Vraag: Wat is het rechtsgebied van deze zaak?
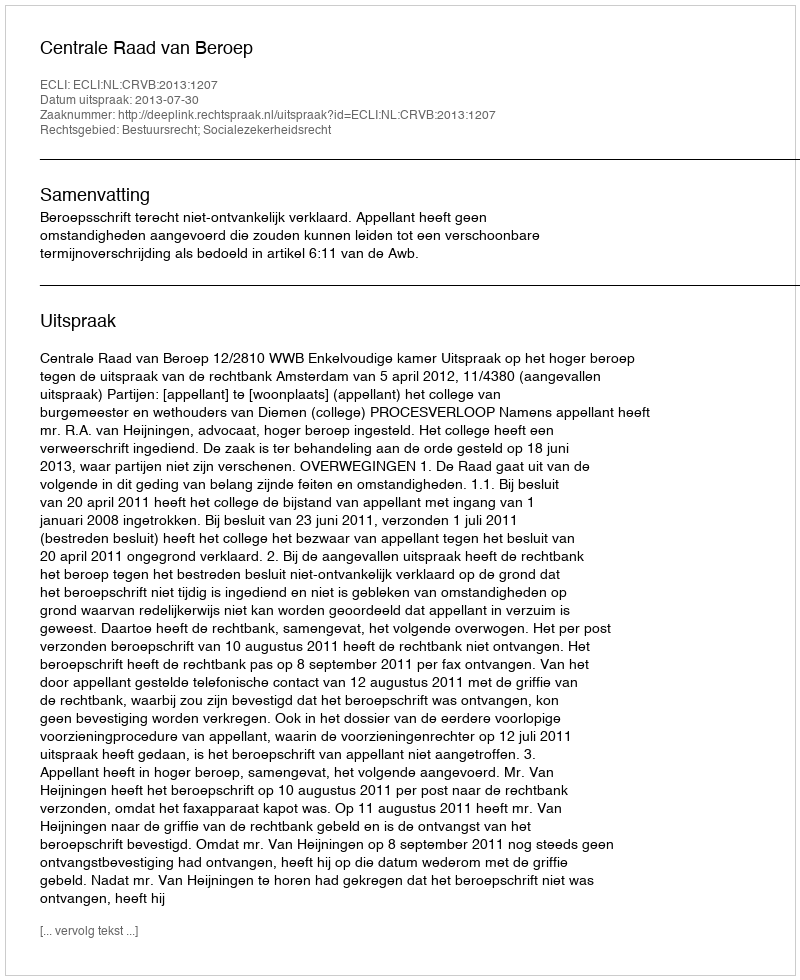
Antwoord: Bestuursrecht; Socialezekerheidsrecht